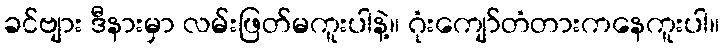
ခင်ဗျား ဒီနားမှာ လမ်းဖြတ်မကူးပါနဲ့။ ဂုံးကျော်တံတားကနေကူးပါ။